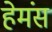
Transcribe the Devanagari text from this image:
हेमंस